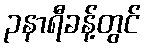
၃နာရီခန့်တွင်